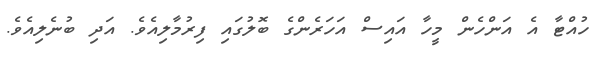
ހުއްޓާ އެ އަންހެން މީހާ އައިސް އަހަރެންގެ ބޮލުގައި ފިރުމާލިއެވެ. އަދި ބުނެލިއެވެ.